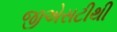
જીએસટીથી